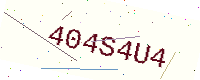
Text: 404S4U4